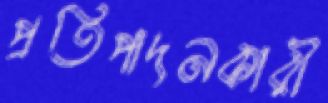
প্রতিপাদনকারী